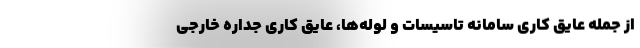
از جمله عایق کاری سامانه تاسیسات و لوله‌ها، عایق کاری جداره خارجی